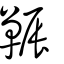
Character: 辴